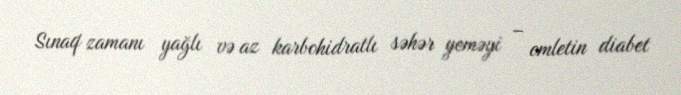
Sınaq zamanı yağlı və az karbohidratlı səhər yeməyi – omletin diabet